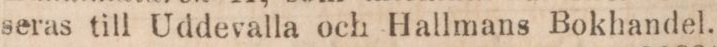
seras till Uddevalla och Hallmans Bokhandel.